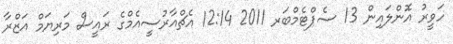
ހަވީރު އޮންލައިން 13 ސެޕްޓެމްބަރ 2011 12:14 އެޗްއާރުސީއެމްގެ ރައީސް މަރިޔަމް އަޒްރާ